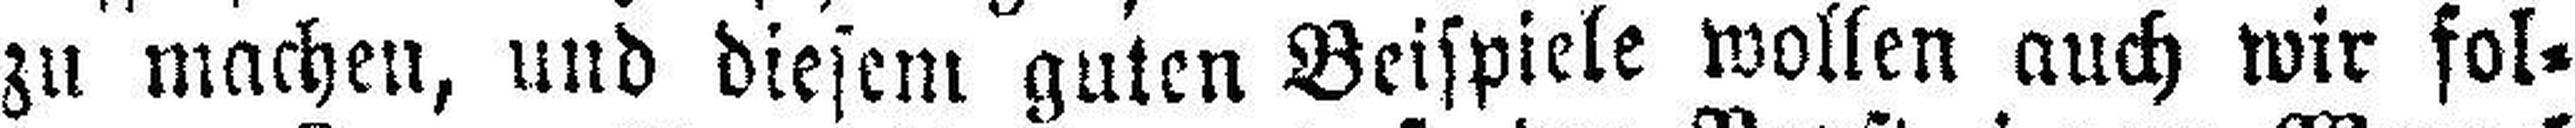
zu machen, und diesem guten Beispiele wollen auch wir fol¬